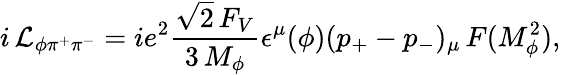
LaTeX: i\, {\cal L}_{\phi\pi^{+}\pi^{-}}=ie^{2}\frac{\sqrt{2}\, F_{V}}{3\, M_{\phi}}\epsilon^{\mu}(\phi)(p_{+}-p_{-})_{\mu}\, F(M_{\phi}^{2}),